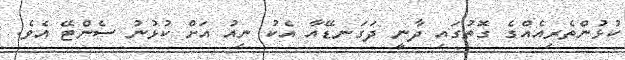
ކުޅުންތެރިއެއްގެ ގޮތުގައި ދާނީ ދަގަނޑޭއާ އެކު ނިއު އަށް ކުޅުނު ސެންޓޭ އެވެ.